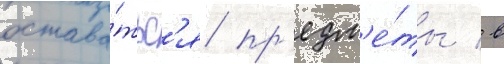
остава́тьс'я пр'едм'е́ты / в